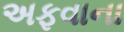
અફવાના